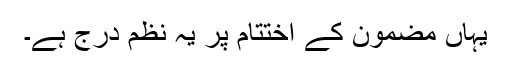
یہاں مضمون کے اختتام پر یہ نظم درج ہے۔